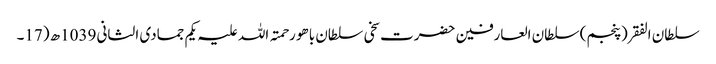
سلطان الفقر(پنجم) سلطان العارفین حضرت سخی سلطان باھو رحمتہ اللہ علیہ یکم جمادی الثانی 1039ھ (17۔